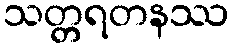
သတ္တရတနဿ